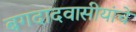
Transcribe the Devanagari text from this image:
बगदादवासीयांचे